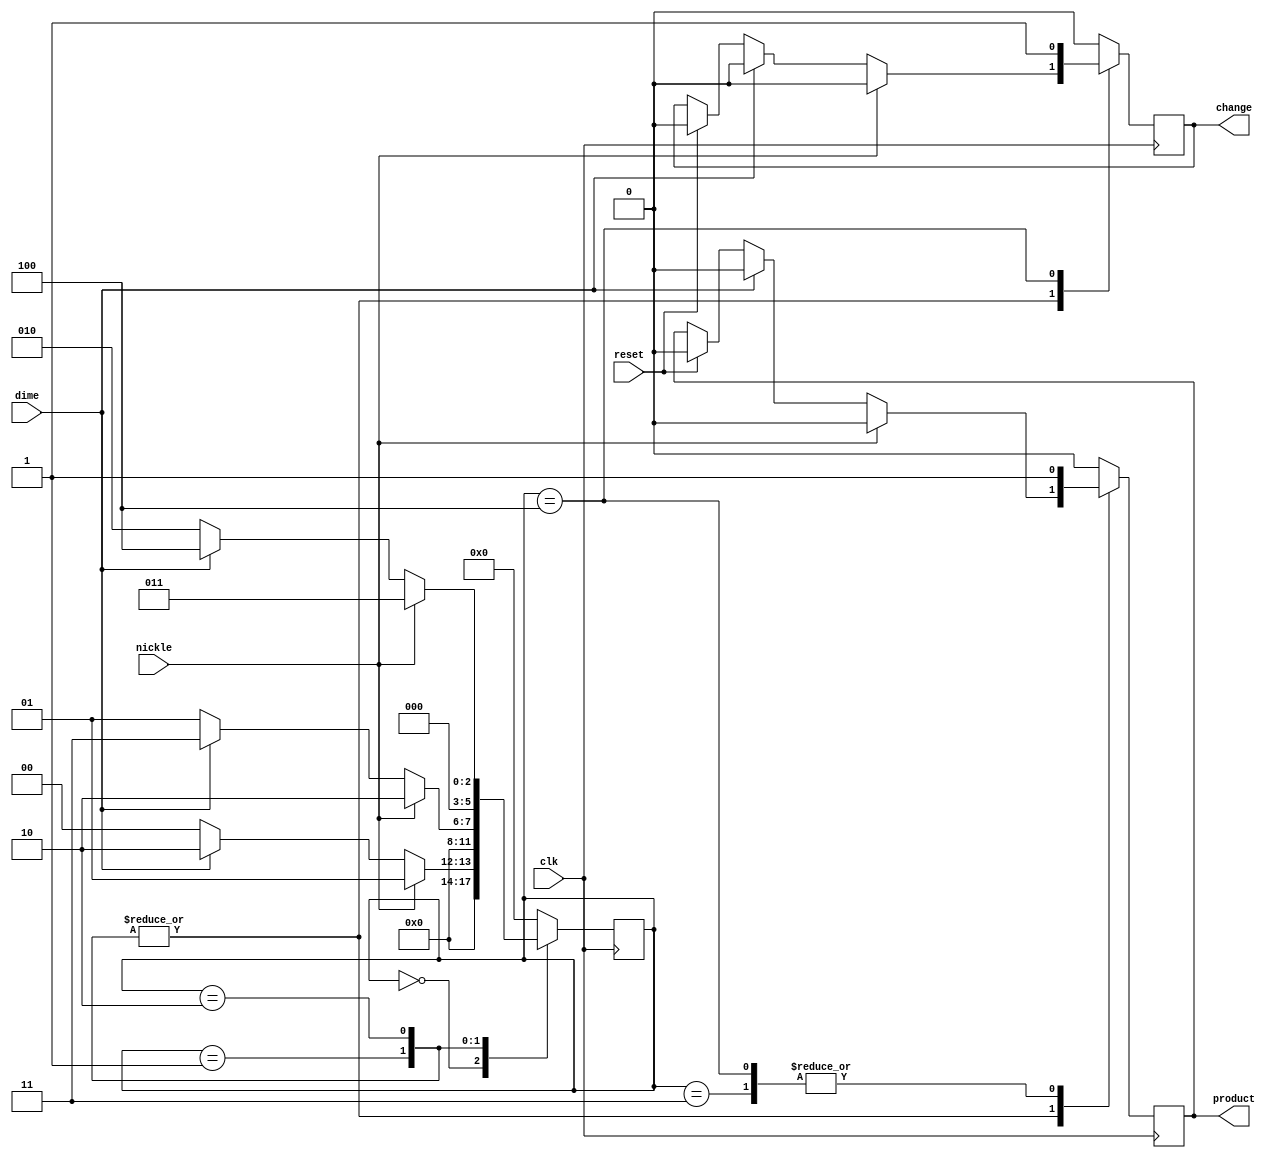
`timescale 1ns / 1ps

module vendingMachine(clk, reset, nickle, dime, change, product);

input clk, reset;
input nickle, dime;
output change, product;

reg [5:0]state;
reg change, product;

always @(posedge clk) begin
    if(reset) begin
        state <= 0;
        change <= 0;
        product <= 0;
    end
    case(state)
        0 : begin               //$0.00 Entered
        product <= 0;
        change <= 0;
            if(nickle) begin    //Nickle input
                state <= 1;     //$0.05 state
                change <= 0;
                product <= 0;
            end
            else if(dime) begin //Dime input
                state <= 2;     //$0.10 state
                change <= 0;
                product <= 0;
            end
            else state <= 0;
        end
        1 : begin               //$0.05 Entered
            if(nickle) begin    //Nickle entered
                state <= 2;     //$0.10 state
                change <= 0;
                product <= 0;
            end
            else if(dime) begin //Dime entered
                state <= 3;     //$0.15 state
                change <= 0;
                product <= 0;
            end
            else state <= 1;
        end
        2 : begin               //$0.10 Entered
            if(nickle) begin    //Nickle entered
                state <= 3;     //$0.15 state
                change <= 0;
                product <= 0;
            end
            else if(dime) begin //Dime entered
                state <= 4;     //$0.20 state
                change <= 0;
                product <= 0;
            end
            else state <= 2;
        end
        3 : begin               //$0.15 Entered
            product <= 1;       //Dispense product
            change <= 0;        //Reset change to zero
            state <= 0;         //Go back to $0.00 state
        end
        4 : begin               //$0.20 state
            product <= 1;       //Dispense product
            change <= 1;        //Dispense a nickle
            state <= 0;         //Go back to $0.00 state
        end
        default : begin
            state <= 0;
            change <= 0;
            product <= 0;
        end
    endcase
end

endmodule